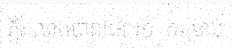
ភ្លឺរលោងបានដែរ។១. សម្រាប់